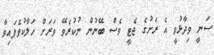
ސަނީ ވިދާޅުވީ އެ ރަށުގެ ޖެޓީ ވެސް ބޭނުން ނުކުރެވޭ ވަރަށް ހަލާކުވެފައިވާ